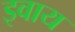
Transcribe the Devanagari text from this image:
इवाय